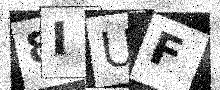
Text: 8IUF